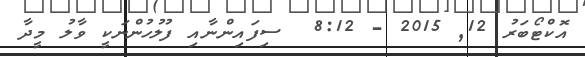
އޮކްޓޯބަރު 12